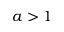
a > 1